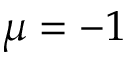
\mu = - 1